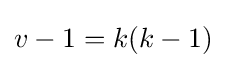
v-1=k(k-1)